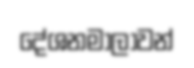
දේශනමාලාවන්